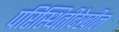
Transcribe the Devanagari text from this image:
परिस्थितीदेखील